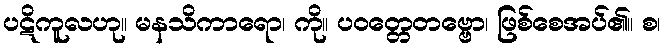
ပဋိကူလဟု။ မနသိကာရော၊ ကို။ ပဝတ္တေတဗ္ဗော၊ ဖြစ်စေအပ်၏။ စ၊